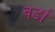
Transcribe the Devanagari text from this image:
वर्डा